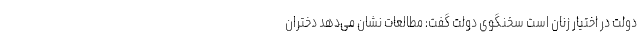
دولت در اختیار زنان است سخنگوی دولت گفت: مطالعات نشان می‌دهد دختران